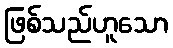
ဖြစ်သည်ဟူသော